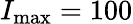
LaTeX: I_{\mathrm{max}}=100